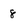
Character: 8